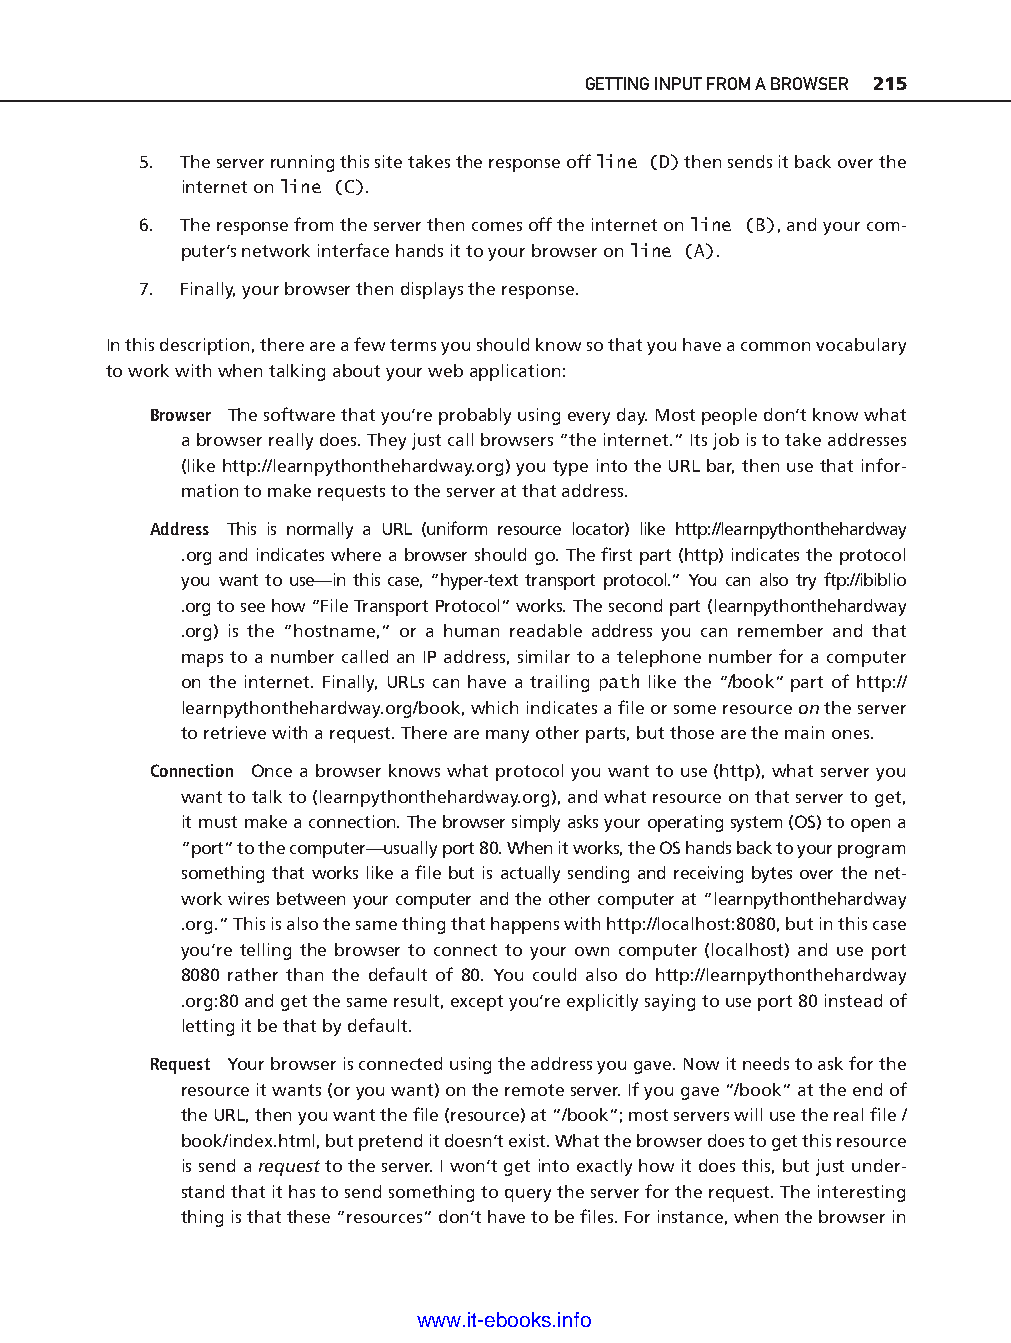
GETTING INPUT FROM A BROWSER 215
 5. The server running this site takes the response off line (D) then sends it back over the
 internet on line (C).
 6. The response from the server then comes off the internet on line (B), and your com-
 puter’s network interface hands it to your browser on line (A).
 7. Finally, your browser then displays the response.
 In this description, there are a few terms you should know so that you have a common vocabulary
 to work with when talking about your web application:
 Browser The software that you’re probably using every day. Most people don’t know what
 a browser really does. They just call browsers “the internet.” Its job is to take addresses
 (like http://learnpythonthehardway.org) you type into the URL bar, then use that infor-
 mation to make requests to the server at that address.
 Address This is normally a URL (uniform resource locator) like http://learnpythonthehardway
 .org and indicates where a browser should go. The fi rst part (http) indicates the protocol
 you want to use—in this case, “hyper-text transport protocol.” You can also try ftp://ibiblio
 .org to see how “File Transport Protocol” works. The second part (learnpythonthehardway
 .org) is the “hostname,” or a human readable address you can remember and that
 maps to a number called an IP address, similar to a telephone number for a computer
 on the internet. Finally, URLs can have a trailing path like the “/book” part of http:// ptg11539604
 learnpythonthehardway.org/book, which indicates a fi le or some resource on the server
 to retrieve with a request. There are many other parts, but those are the main ones.
 Connection Once a browser knows what protocol you want to use (http), what server you
 want to talk to (learnpythonthehardway.org), and what resource on that server to get,
 it must make a connection. The browser simply asks your operating system (OS) to open a
 “port” to the computer—usually port 80. When it works, the OS hands back to your program
 something that works like a fi le but is actually sending and receiving bytes over the net-
 work wires between your computer and the other computer at “learnpythonthehardway
 .org.” This is also the same thing that happens with http://localhost:8080, but in this case
 you’re telling the browser to connect to your own computer (localhost) and use port
 8080 rather than the default of 80. You could also do http://learnpythonthehardway
 .org:80 and get the same result, except you’re explicitly saying to use port 80 instead of
 letting it be that by default.
 Request Your browser is connected using the address you gave. Now it needs to ask for the
 resource it wants (or you want) on the remote server. If you gave ”/book” at the end of
 the URL, then you want the fi le (resource) at ”/book”; most servers will use the real fi le /
 book/index.html, but pretend it doesn’t exist. What the browser does to get this resource
 is send a request to the server. I won’t get into exactly how it does this, but just under-
 stand that it has to send something to query the server for the request. The interesting
 thing is that these “resources” don’t have to be fi les. For instance, when the browser in
 www.it-ebooks.info